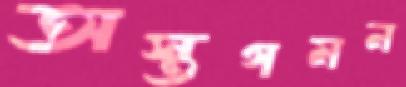
অস্তগমন